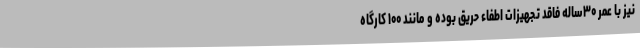
نیز با عمر ۳۰ساله فاقد تجهیزات اطفاء حریق بوده و مانند ۱۰۰ کارگاه